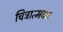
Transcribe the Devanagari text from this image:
चित्रात्मक।